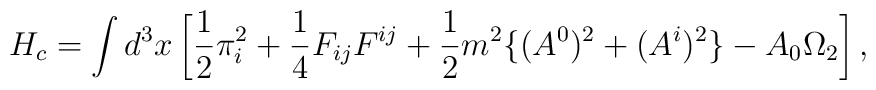
H_c = \int d^3x \left[                \frac{1}{2} \pi_i^2 + \frac{1}{4} F_{ij} F^{ij}              + \frac{1}{2} m^2 \{ (A^0)^2 + (A^i)^2 \}              - A_0\Omega_2                                                              \right],